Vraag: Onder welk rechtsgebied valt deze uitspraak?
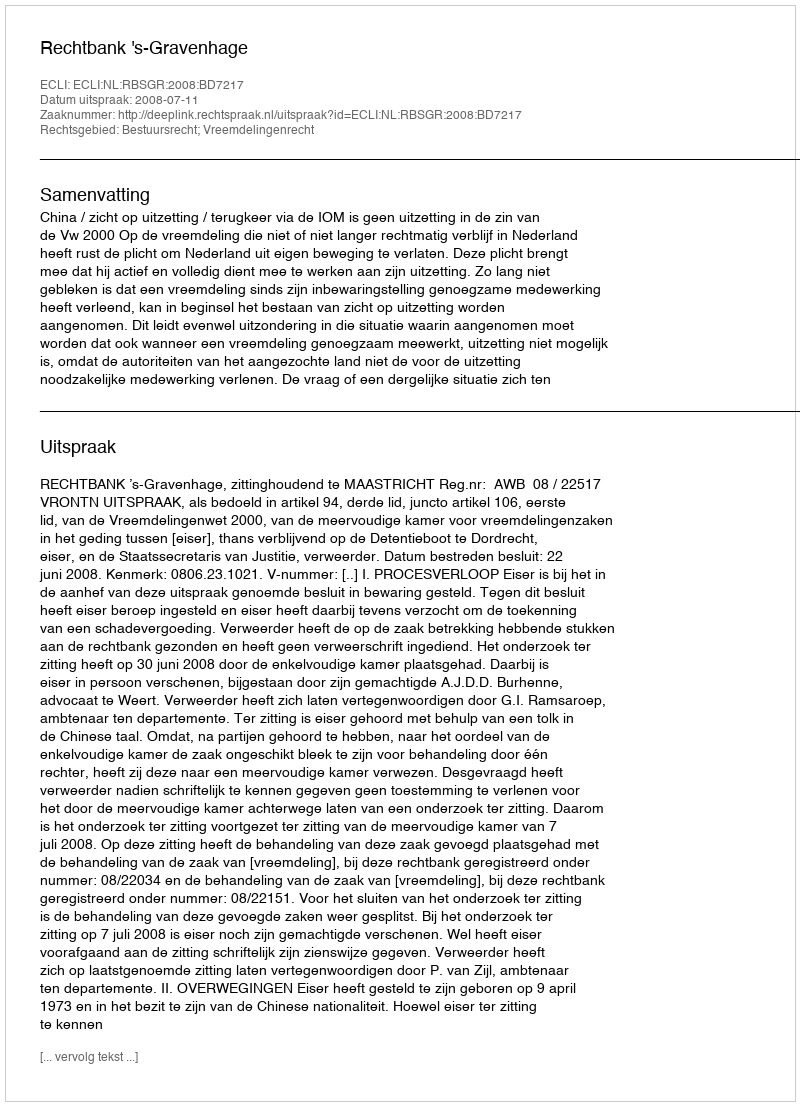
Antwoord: Bestuursrecht; Vreemdelingenrecht